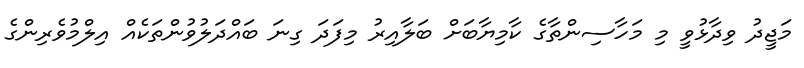
މަޖީދު ވިދާޅުވީ މި މަހާސިންތާގެ ކާމިޔާބަށް ބަލާއިރު މިފަދަ ގިނަ ބައްދަލުވުންތަކެއް އިލްމުވެރިންގެ